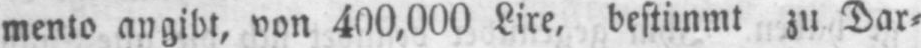
mento angibt, von 400,000 Lire, bestimmt zu Dar⸗